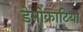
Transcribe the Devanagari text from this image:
डेमोक्राटिया